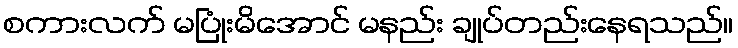
စကားလက် မပြုံးမိအောင် မနည်း ချုပ်တည်းနေရသည်။